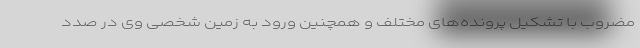
مضروب با تشکیل پرونده‌های مختلف و همچنین ورود به زمین شخصی وی در صدد